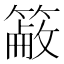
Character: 𥲖